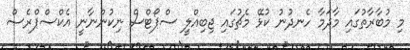
މި މުބާރާތުގައި މާދަމާ ހެނދުނު ކުޅޭ މެޗުގައި ޖިބިއްލީ ސްޕޯޓްސް ނިކުންނާނީ އެކްސްޕްރެސް